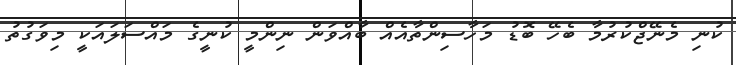
ކުނި މެނޭޖްކުރުމާ ބެހޭ ބޮޑު މަހާސިންތާއެއް ބާއްވަން ނިންމީ ކުނީގެ މައްސަލައަކީ މިވަގުތު